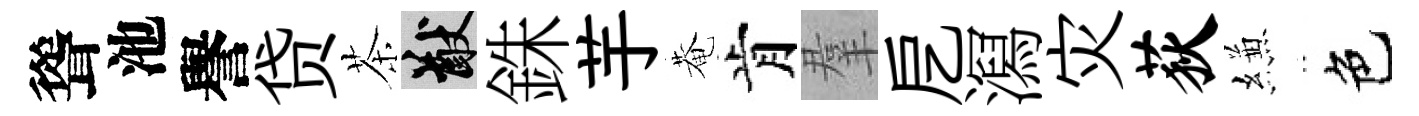
聳池譽贷茶猷銖芋菴肯羣戹㵼灾荻縑色